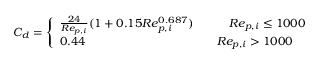
C _ { d } = \left\{ \begin{array} { l l } { \frac { 2 4 } { R e _ { p , i } } ( 1 + 0 . 1 5 R e _ { p , i } ^ { 0 . 6 8 7 } ) \quad \quad \quad R e _ { p , i } \le 1 0 0 0 } \\ { 0 . 4 4 \quad \quad \quad \quad \quad \quad \quad \quad \quad \quad \quad R e _ { p , i } > 1 0 0 0 } \end{array} \right.